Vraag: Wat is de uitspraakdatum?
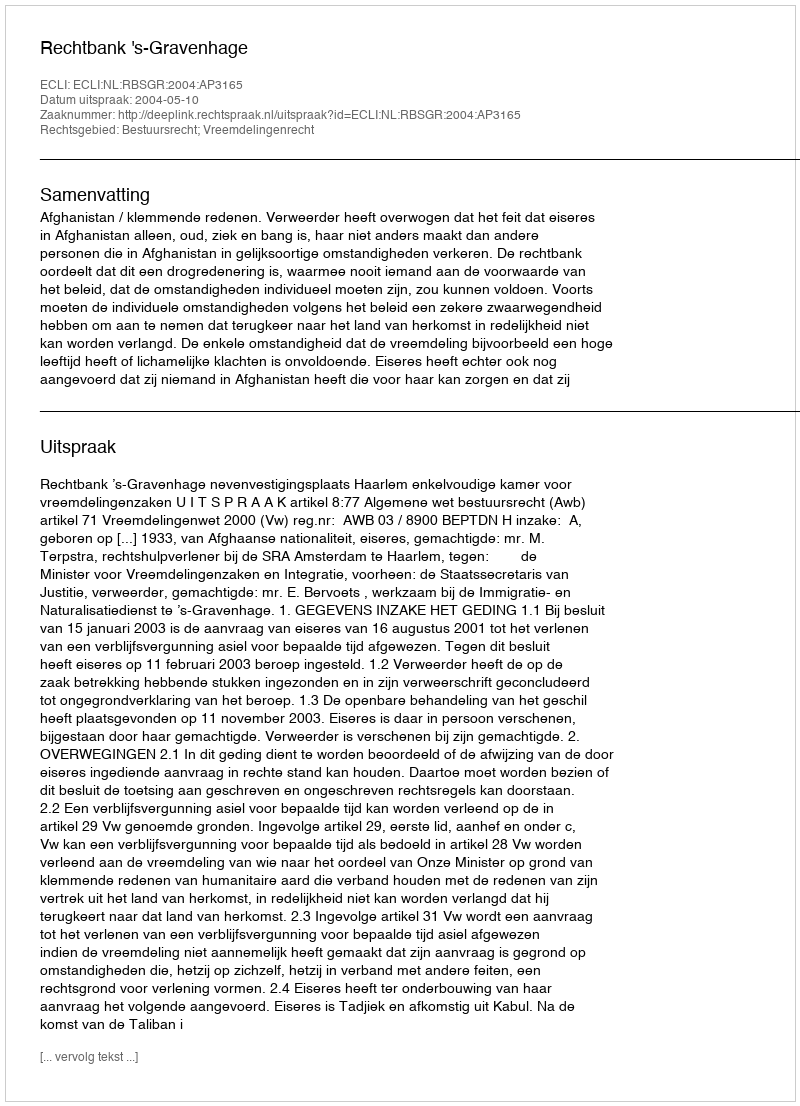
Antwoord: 2004-05-10